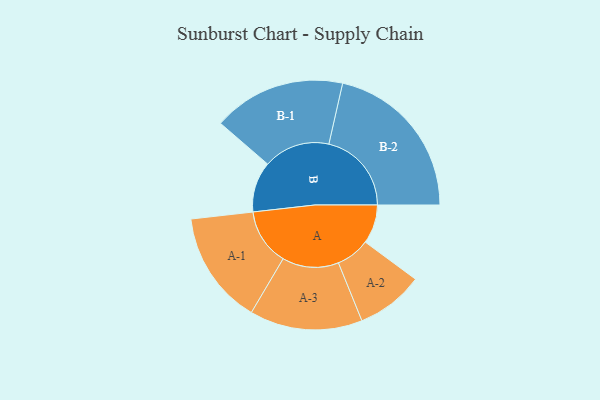
{"axis": {"x": "Segment", "y": "Value"}, "legend": ["", "A", "B"], "data": [{"x": "A", "y": 141, "type": ""}, {"x": "B", "y": 183, "type": ""}, {"x": "A-1", "y": 205, "type": "A"}, {"x": "A-2", "y": 122, "type": "A"}, {"x": "A-3", "y": 204, "type": "A"}, {"x": "B-1", "y": 240, "type": "B"}, {"x": "B-2", "y": 299, "type": "B"}]}